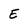
Character: E